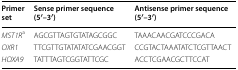
<table><thead><tr><td><b>Primer set</b></td><td><b>Sense primer sequence (5′–3′)</b></td><td><b>Antisense primer sequence (5′–3′)</b></td></tr></thead><tbody><tr><td><i>MST1R</i><sup>a</sup></td><td>AGCGTTAGTGTATAGCGGC</td><td>TAAACAACGATCCCGACA</td></tr><tr><td><i>OXR1</i></td><td>TTCGTTGTATATATCGAACGGT</td><td>CCGTACTAAATATCTCGTTAACT</td></tr><tr><td><i>HOXA9</i></td><td>TATTTAGTCGGTATTCGC</td><td>ACCTCGAACGCTTCCAT</td></tr></tbody></table>